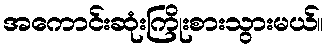
အကောင်းဆုံးကြိုးစားသွားမယ်။